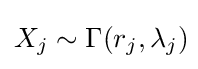
X_{j}\sim \Gamma (r_{j},\lambda _{j})\!